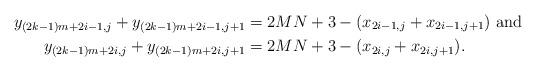
LaTeX: \begin{align*} y_{(2k-1)m+2i-1,j} + y_{(2k-1)m+2i-1,j+1} &= 2MN+3 -( x_{2i-1,j} + x_{2i-1,j+1} ) \mbox{ and } \\ y_{(2k-1)m+2i,j} + y_{(2k-1)m+2i,j+1} &= 2MN+3 -( x_{2i,j} + x_{2i,j+1} ). \end{align*}